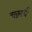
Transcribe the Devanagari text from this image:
चक्रार्ध